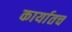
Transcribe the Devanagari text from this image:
कार्यातच